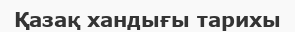
Қазақ хандығы тарихы